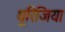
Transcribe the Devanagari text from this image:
थूरिंजिया